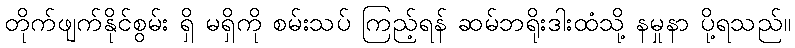
တိုက်ဖျက်နိုင်စွမ်း ရှိ မရှိကို စမ်းသပ် ကြည့်ရန် ဆမ်ဘရိုးဒါးထံသို့ နမှုနာ ပို့ရသည်။